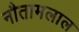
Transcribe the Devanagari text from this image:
नौतामलाल